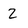
Character: 2